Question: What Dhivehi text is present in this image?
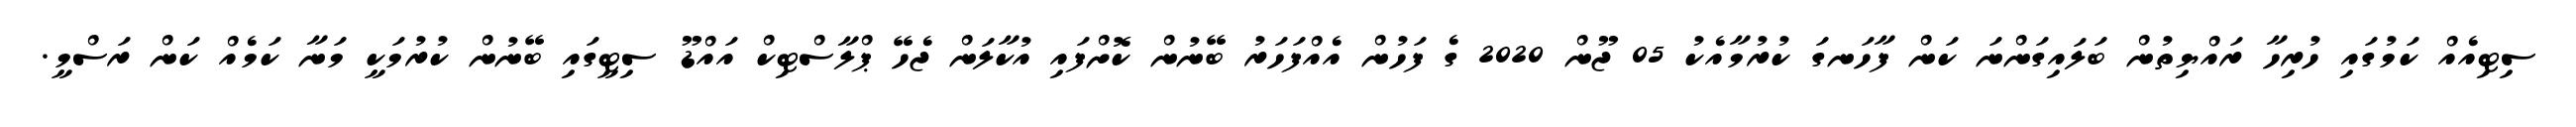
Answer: ސިޓިއެއް ކަމުގައި ހުރިހާ ރައްޔިތުން ބަލައިގަންނަ ކަން ފާހަނގަ ކުރުމާއެކު 05 ޖޫން 2020 ގެ ފަހުން އެއްފަހަރު ބޭނުން ކޮށްފައި އުކާލަން ޖެހޭ ޕްލާސްޓިކް އައްޑޫ ސިޓީގައި ބޭނުން ކުރުމަކީ މަނާ ކަމެއް ކަން ރަސްމީ.